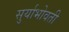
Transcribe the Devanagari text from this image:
सुर्याभोवती